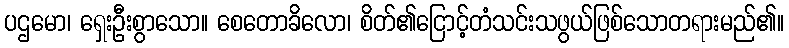
ပဌမော၊ ရှေးဦးစွာသော။ စေတောခိလော၊ စိတ်၏ငြောင့်တံသင်းသဖွယ်ဖြစ်သောတရားမည်၏။